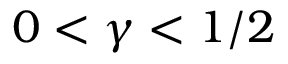
0 < \gamma < 1 / 2